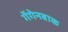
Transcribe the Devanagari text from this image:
गेंगेनबाक